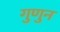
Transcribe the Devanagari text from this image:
गुणुन